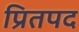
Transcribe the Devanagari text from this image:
प्रितपद